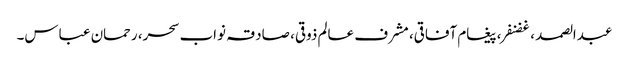
عبدالصمد ، غضنفر، پیغام آفاقی، مشرف عالم ذوقی، صادقہ نواب سحر، رحمان عباس۔